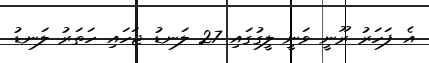
އެ ފަހަރު ރޫނީ ވަނީ ލީގުގައި 27 ލަނޑު ޖަހައި ހަތަރު ލަނޑު